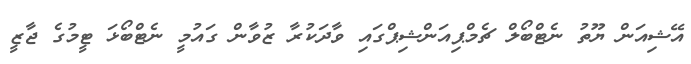
އޭޝިއަން ޔޫތު ނެޓްބޯލް ޗެމްޕިއަންޝިޕްގައި ވާދަކުރާ ޒުވާން ގައުމީ ނެޓްބޯޅަ ޓީމުގެ ޖާޒީ